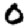
Digit: 0